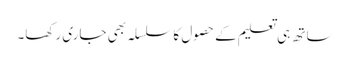
ساتھ ہی تعلیم کے حصول کاسلسلہ بھی جاری رکھا۔